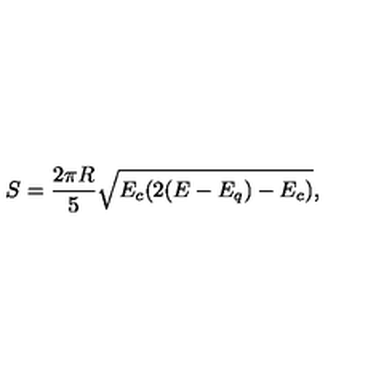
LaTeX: S = \frac { 2 \pi R } { 5 } \sqrt { E _ { c } ( 2 ( E - E _ { q } ) - E _ { c } ) } ,